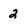
Character: 2